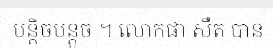
បន្តិចបន្តួច ។ លោកផា សឺត បាន